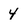
Character: 4